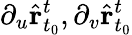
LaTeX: \partial_{u}\hat{\mathbf{r}}_{t_{0}}^{t},\partial_{v}\hat{\mathbf{r}}_{t_{0}}^{t}